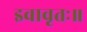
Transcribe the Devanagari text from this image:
इवावृतः॥